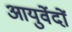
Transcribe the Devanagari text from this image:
आयुर्वेदों